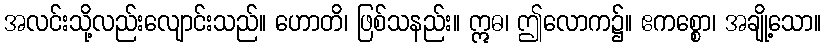
အလင်းသို့လည်းလျောင်းသည်။ ဟောတိ၊ ဖြစ်သနည်း။ ဣဓ၊ ဤလောက၌။ ဧကစ္စော၊ အချို့သော။